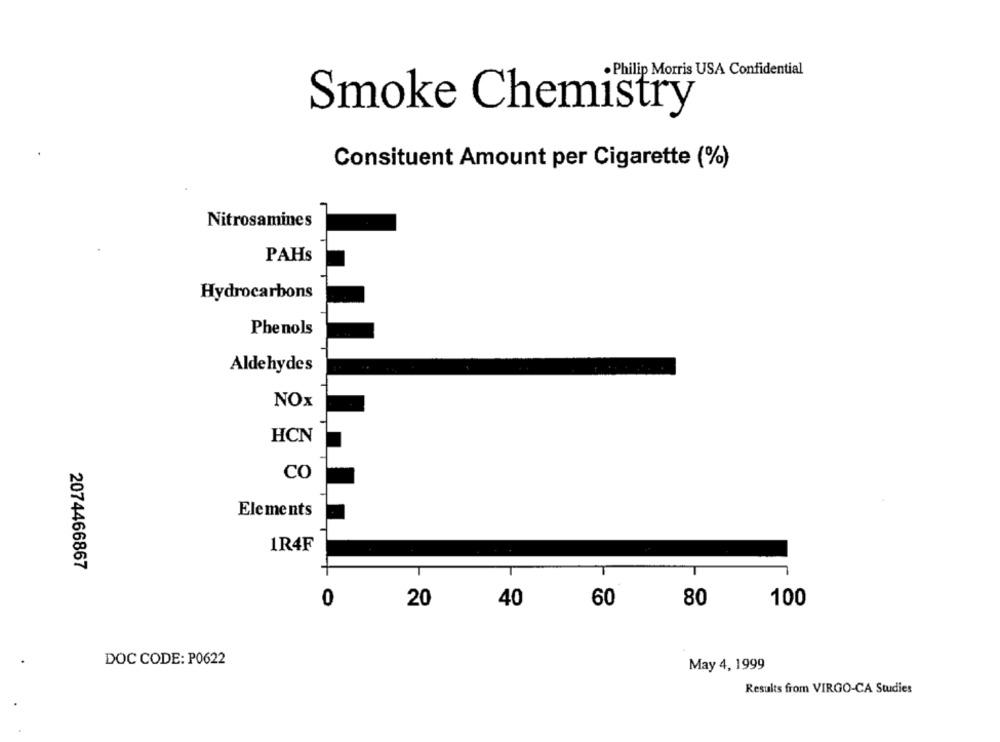
. Philip Morris USA Confidential
Smoke Chemistry
Consituent Amount per Cigarette (%)
Nitrosamines
PAHs
Hydrocarbons
Phenols
Aldehydes
NOx
HCN
CO
Elements
1R4F
2074466867
0
60
80
100
20
40
DOC CODE: P0622
May 4, 1999
Results from VIRGO-CA Studies